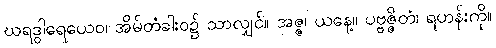
ဃရဒွါရေယေဝ၊ အိမ်တံခါးဝ၌ သာလျှင်။ အဇ္ဇ၊ ယနေ့။ ပဗ္ဗဇ္ဇိတံ၊ ရဟန်းကို။